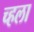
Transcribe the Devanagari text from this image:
च्हला